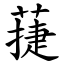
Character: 蓵